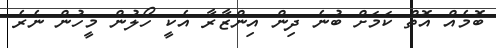
ބޮމެއް އޮތް ކަމަށް ބުނެ ދިން އިންޒާރާ އެކީ ހޯލުން މީހުން ނެރެ